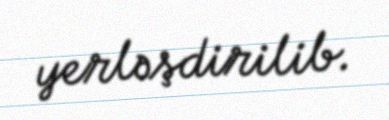
yerləşdirilib.